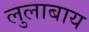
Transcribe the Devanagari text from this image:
लुलाबाय